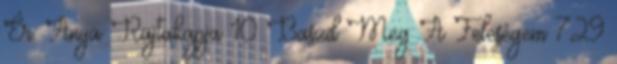
Ér. Anya Rajtakapja 10 Baszd Meg A Feleségem 729